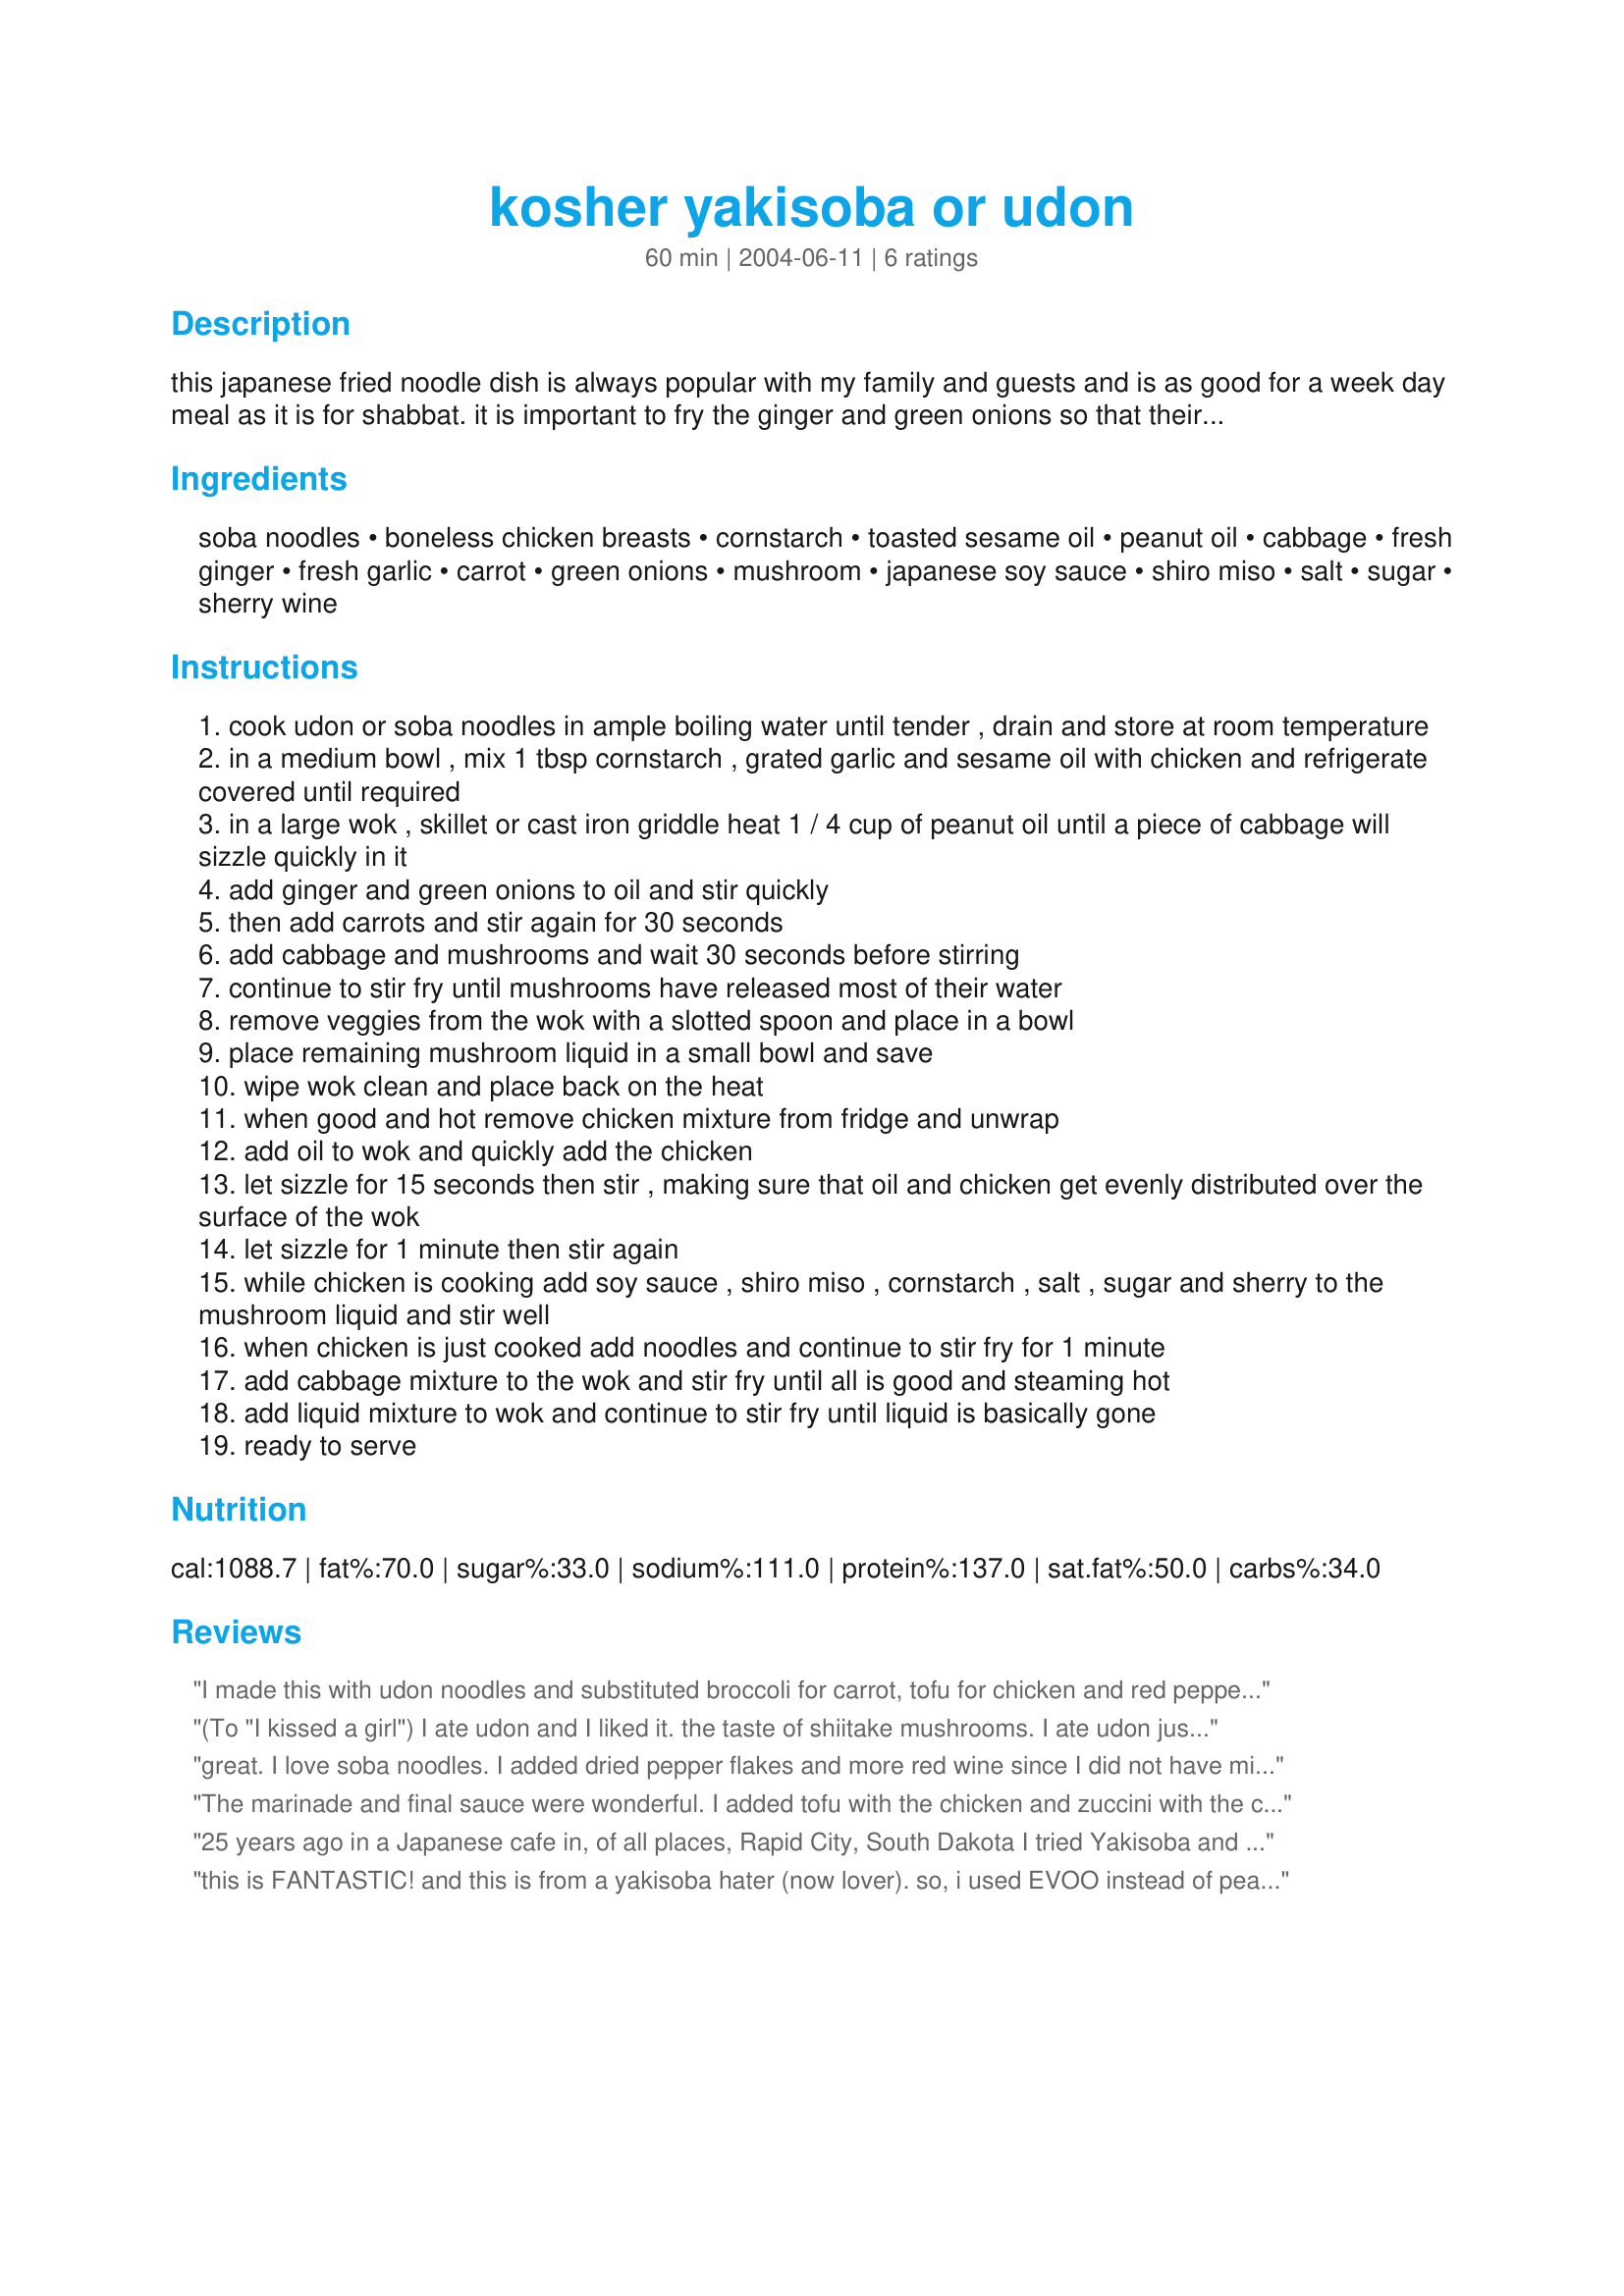
kosher yakisoba or udon
Preparation time: 60 minutes

this japanese fried noodle dish is always popular with my family and guests and is as good for a week day meal as it is for shabbat. it is important to fry the ginger and green onions so that their essential oils are released.
note: udon are thick noodles and soba are thin noodles.

Ingredients:
soba noodles, boneless chicken breasts, cornstarch, toasted sesame oil, peanut oil, cabbage, fresh ginger, fresh garlic, carrot, green onions, mushroom, japanese soy sauce, shiro miso, salt, sugar, sherry wine

Steps:
cook udon or soba noodles in ample boiling water until tender , drain and store at room temperature
in a medium bowl , mix 1 tbsp cornstarch , grated garlic and sesame oil with chicken and refrigerate covered until required
in a large wok , skillet or cast iron griddle heat 1 / 4 cup of peanut oil until a piece of cabbage will sizzle quickly in it
add ginger and green onions to oil and stir quickly
then add carrots and stir again for 30 seconds
add cabbage and mushrooms and wait 30 seconds before stirring
continue to stir fry until mushrooms have released most of their water
remove veggies from the wok with a slotted spoon and place in a bowl
place remaining mushroom liquid in a small bowl and save
wipe wok clean and place back on the heat
when good and hot remove chicken mixture from fridge and unwrap
add oil to wok and quickly add the chicken
let sizzle for 15 seconds then stir , making sure that oil and chicken get evenly distributed over the surface of the wok
let sizzle for 1 minute then stir again
while chicken is cooking add soy sauce , shiro miso , cornstarch , salt , sugar and sherry to the mushroom liquid and stir well
when chicken is just cooked add noodles and continue to stir fry for 1 minute
add cabbage mixture to the wok and stir fry until all is good and steaming hot
add liquid mixture to wok and continue to stir fry until liquid is basically gone
ready to serve

Reviews:
I made this with udon noodles and substituted broccoli for carrot, tofu for chicken and red pepper for cabbage. It was great. I put raw enochi mushrooms and toasted sesame seeds on top. Thanks for the recipe!
(To "I kissed a girl") I ate udon and I liked it. the taste of shiitake mushrooms. I ate udon just to try it. hope my burger don't mind it. It tasted good, it tasted great, hope it doesn't affect my weight.
great. I love soba noodles. I added dried pepper flakes and more red wine since I did not have miso on hand. Also used olive oil because i did not have peanut oil. put a little bit of creamy peanut butter on my plate, to dip the chicken in.
The marinade and final sauce were wonderful. I added tofu with the chicken and zuccini with the carrots and cabbage. I didn't have miso so I added some sake to the sauce. Healthy, tasted great and my kids ate their veggies!
25 years ago in a Japanese cafe in, of all places, Rapid City, South Dakota I tried Yakisoba and was absolutely smitten by this dish. Since then I've hunted high and low in oriental cookbooks and the internet sites to find this dish. I look no more! My DH was very impressed with the dish-hence stressing he wants me to cook this again in the future. Thank you Yosef for this awesome dish!
this is FANTASTIC! and this is from a yakisoba hater (now lover).

so, i used EVOO instead of peanut oil. i'm also vegetarian, so i found this seitan based mock beef, which worked well.

i also added two dried chilies to the original fry oil, and about a Tbsp of dried pepper flake.

Thanks so much for this recipe! :)
